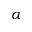
\alpha